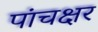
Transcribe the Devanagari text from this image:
पांचक्षर